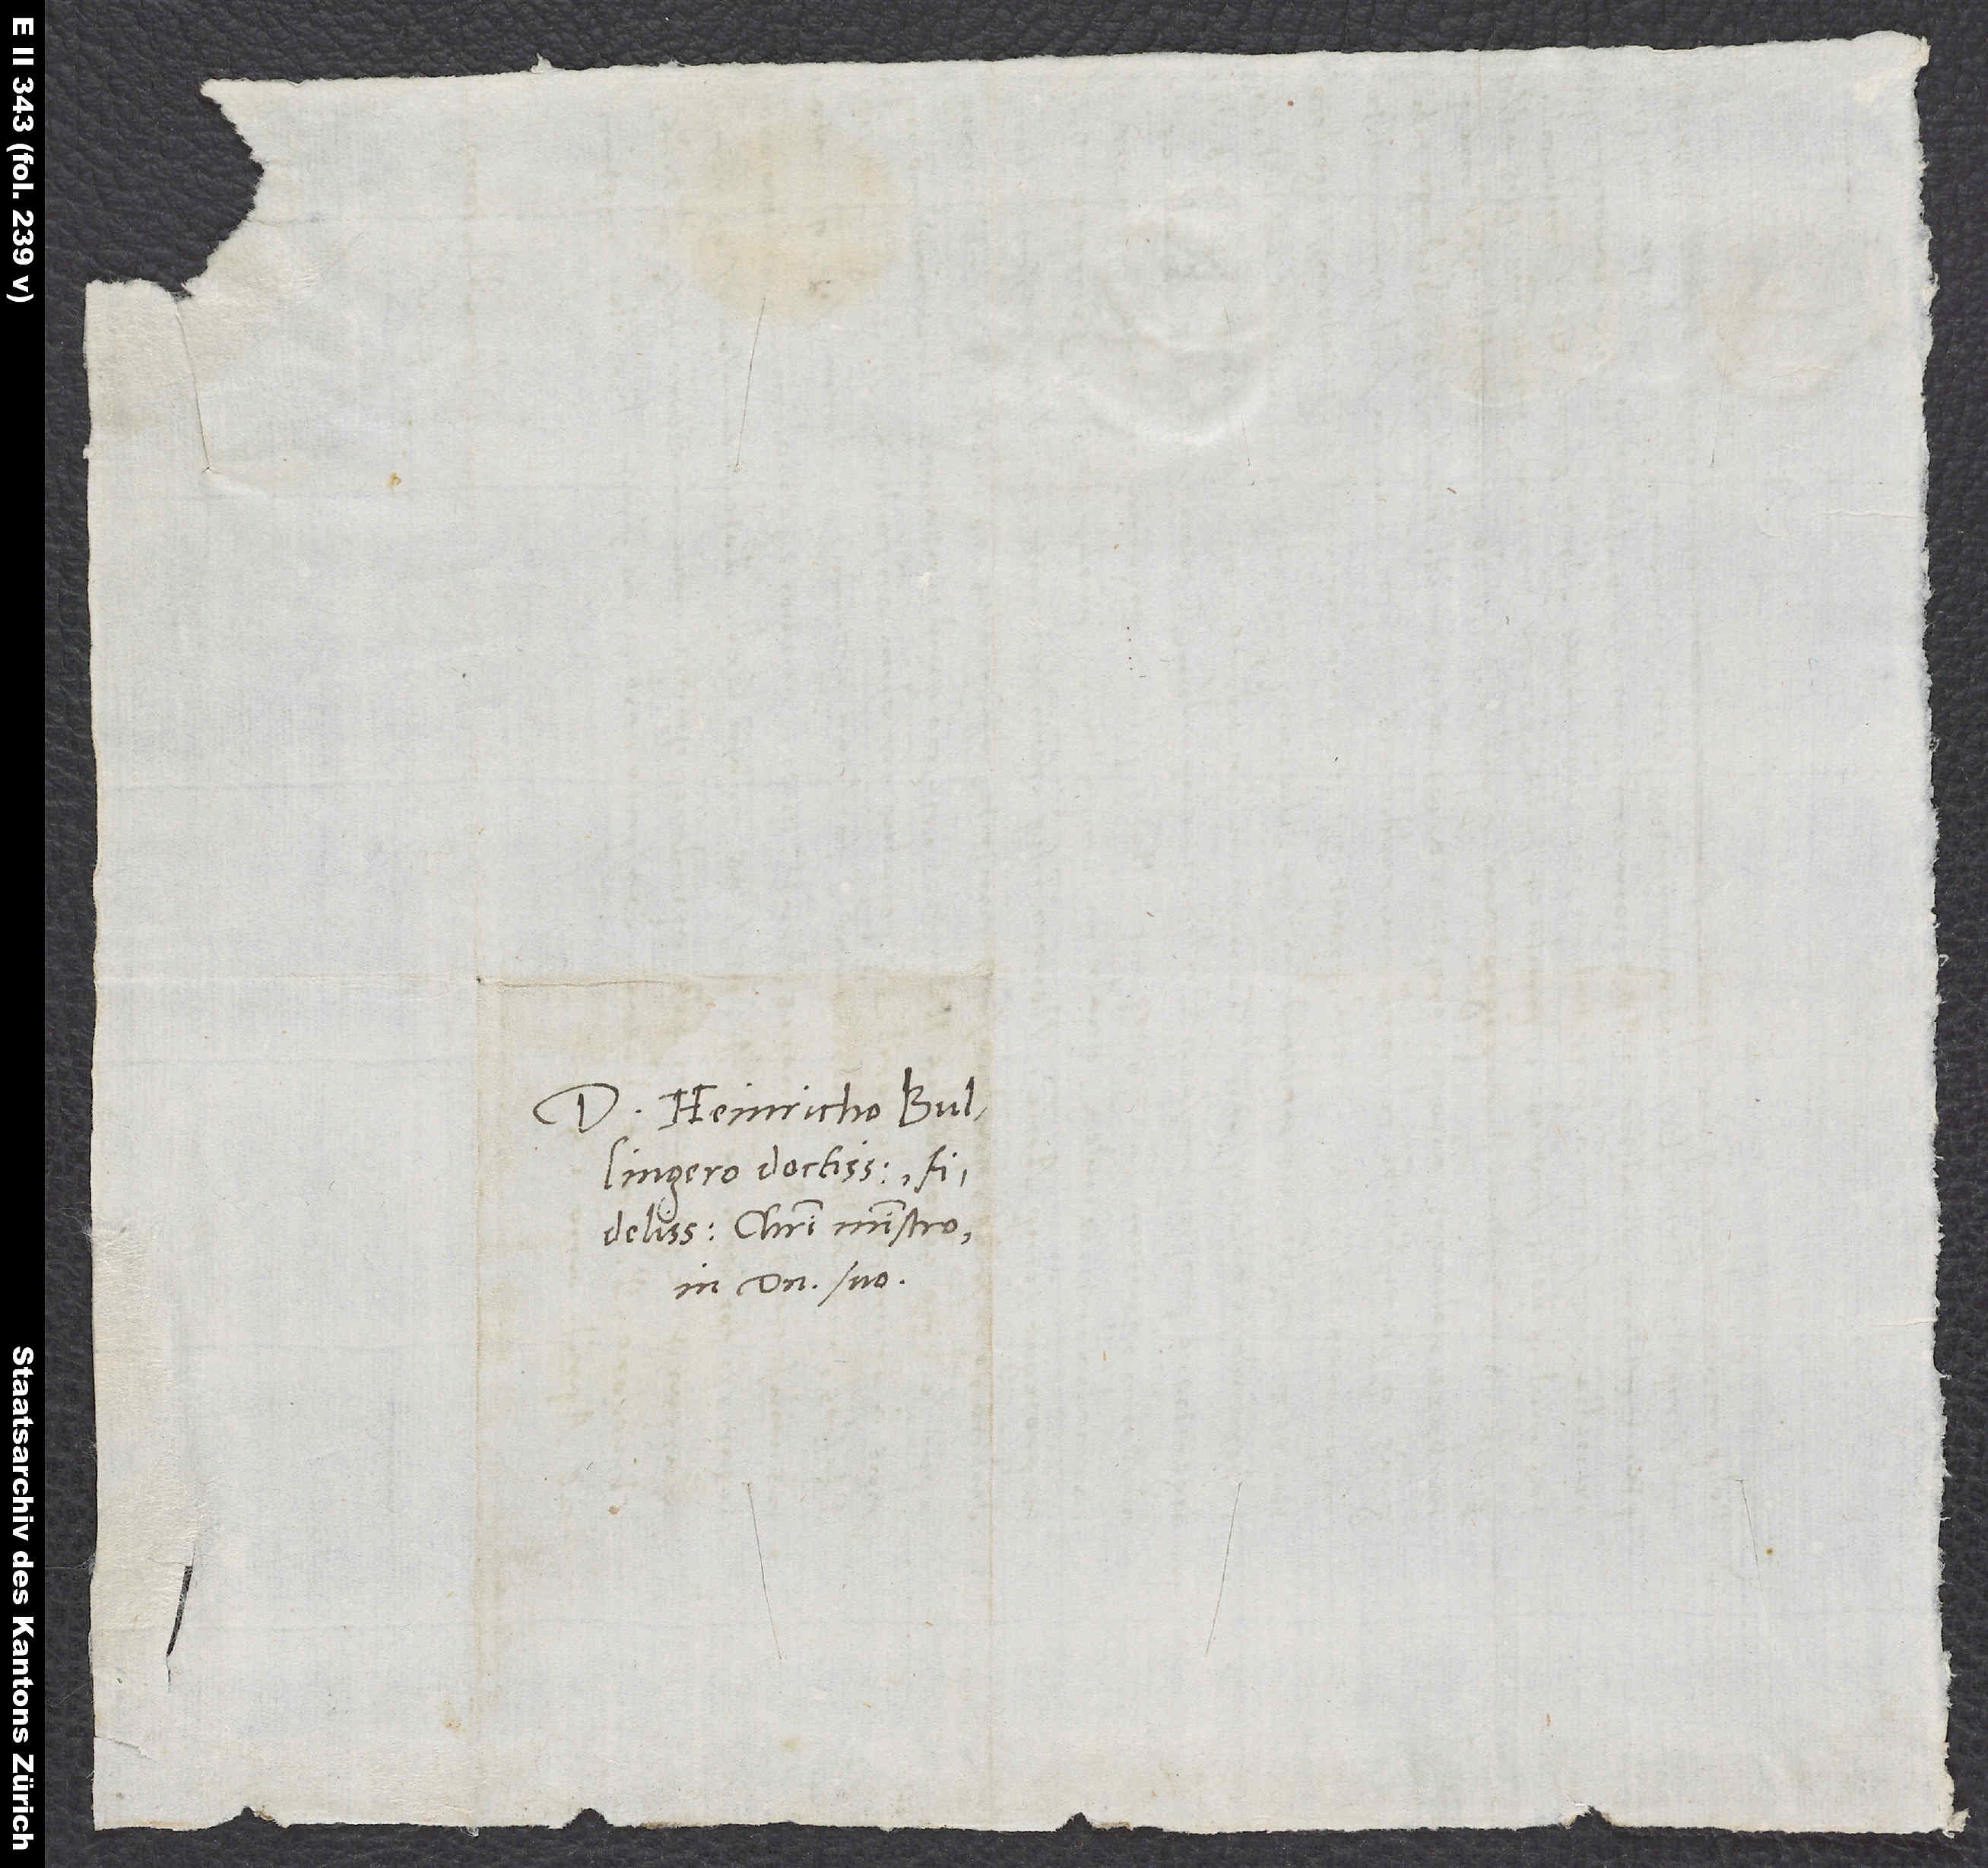
Domino Heinricho
Bullingero doctissimo,
fidelissimo Christi ministro,
in domino suo.